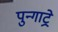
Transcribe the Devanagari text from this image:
पुन्गाट्रे